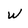
Character: W